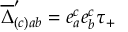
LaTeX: \overline { { \Delta } } _ { ( c ) { a b } } ^ { \prime } = e _ { a } ^ { c } e _ { b } ^ { c } \tau _ { + }